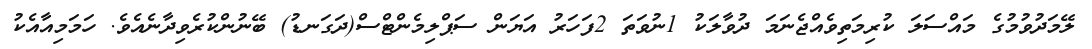
ލޭމަދުވުމުގެ މައްސަލަ ކުރިމަތިވެއްޖެނަމަ ދުވާލަކު 1ނުވަތަ 2ފަހަރު އަޔަން ސަޕްލިމެންޓްސް(ދަގަނޑު) ބޭނުންކުރެވިދާނެއެވެ. ހަމަމިއާއެކު